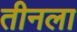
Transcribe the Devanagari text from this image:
तीनला